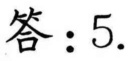
答：\(5\).